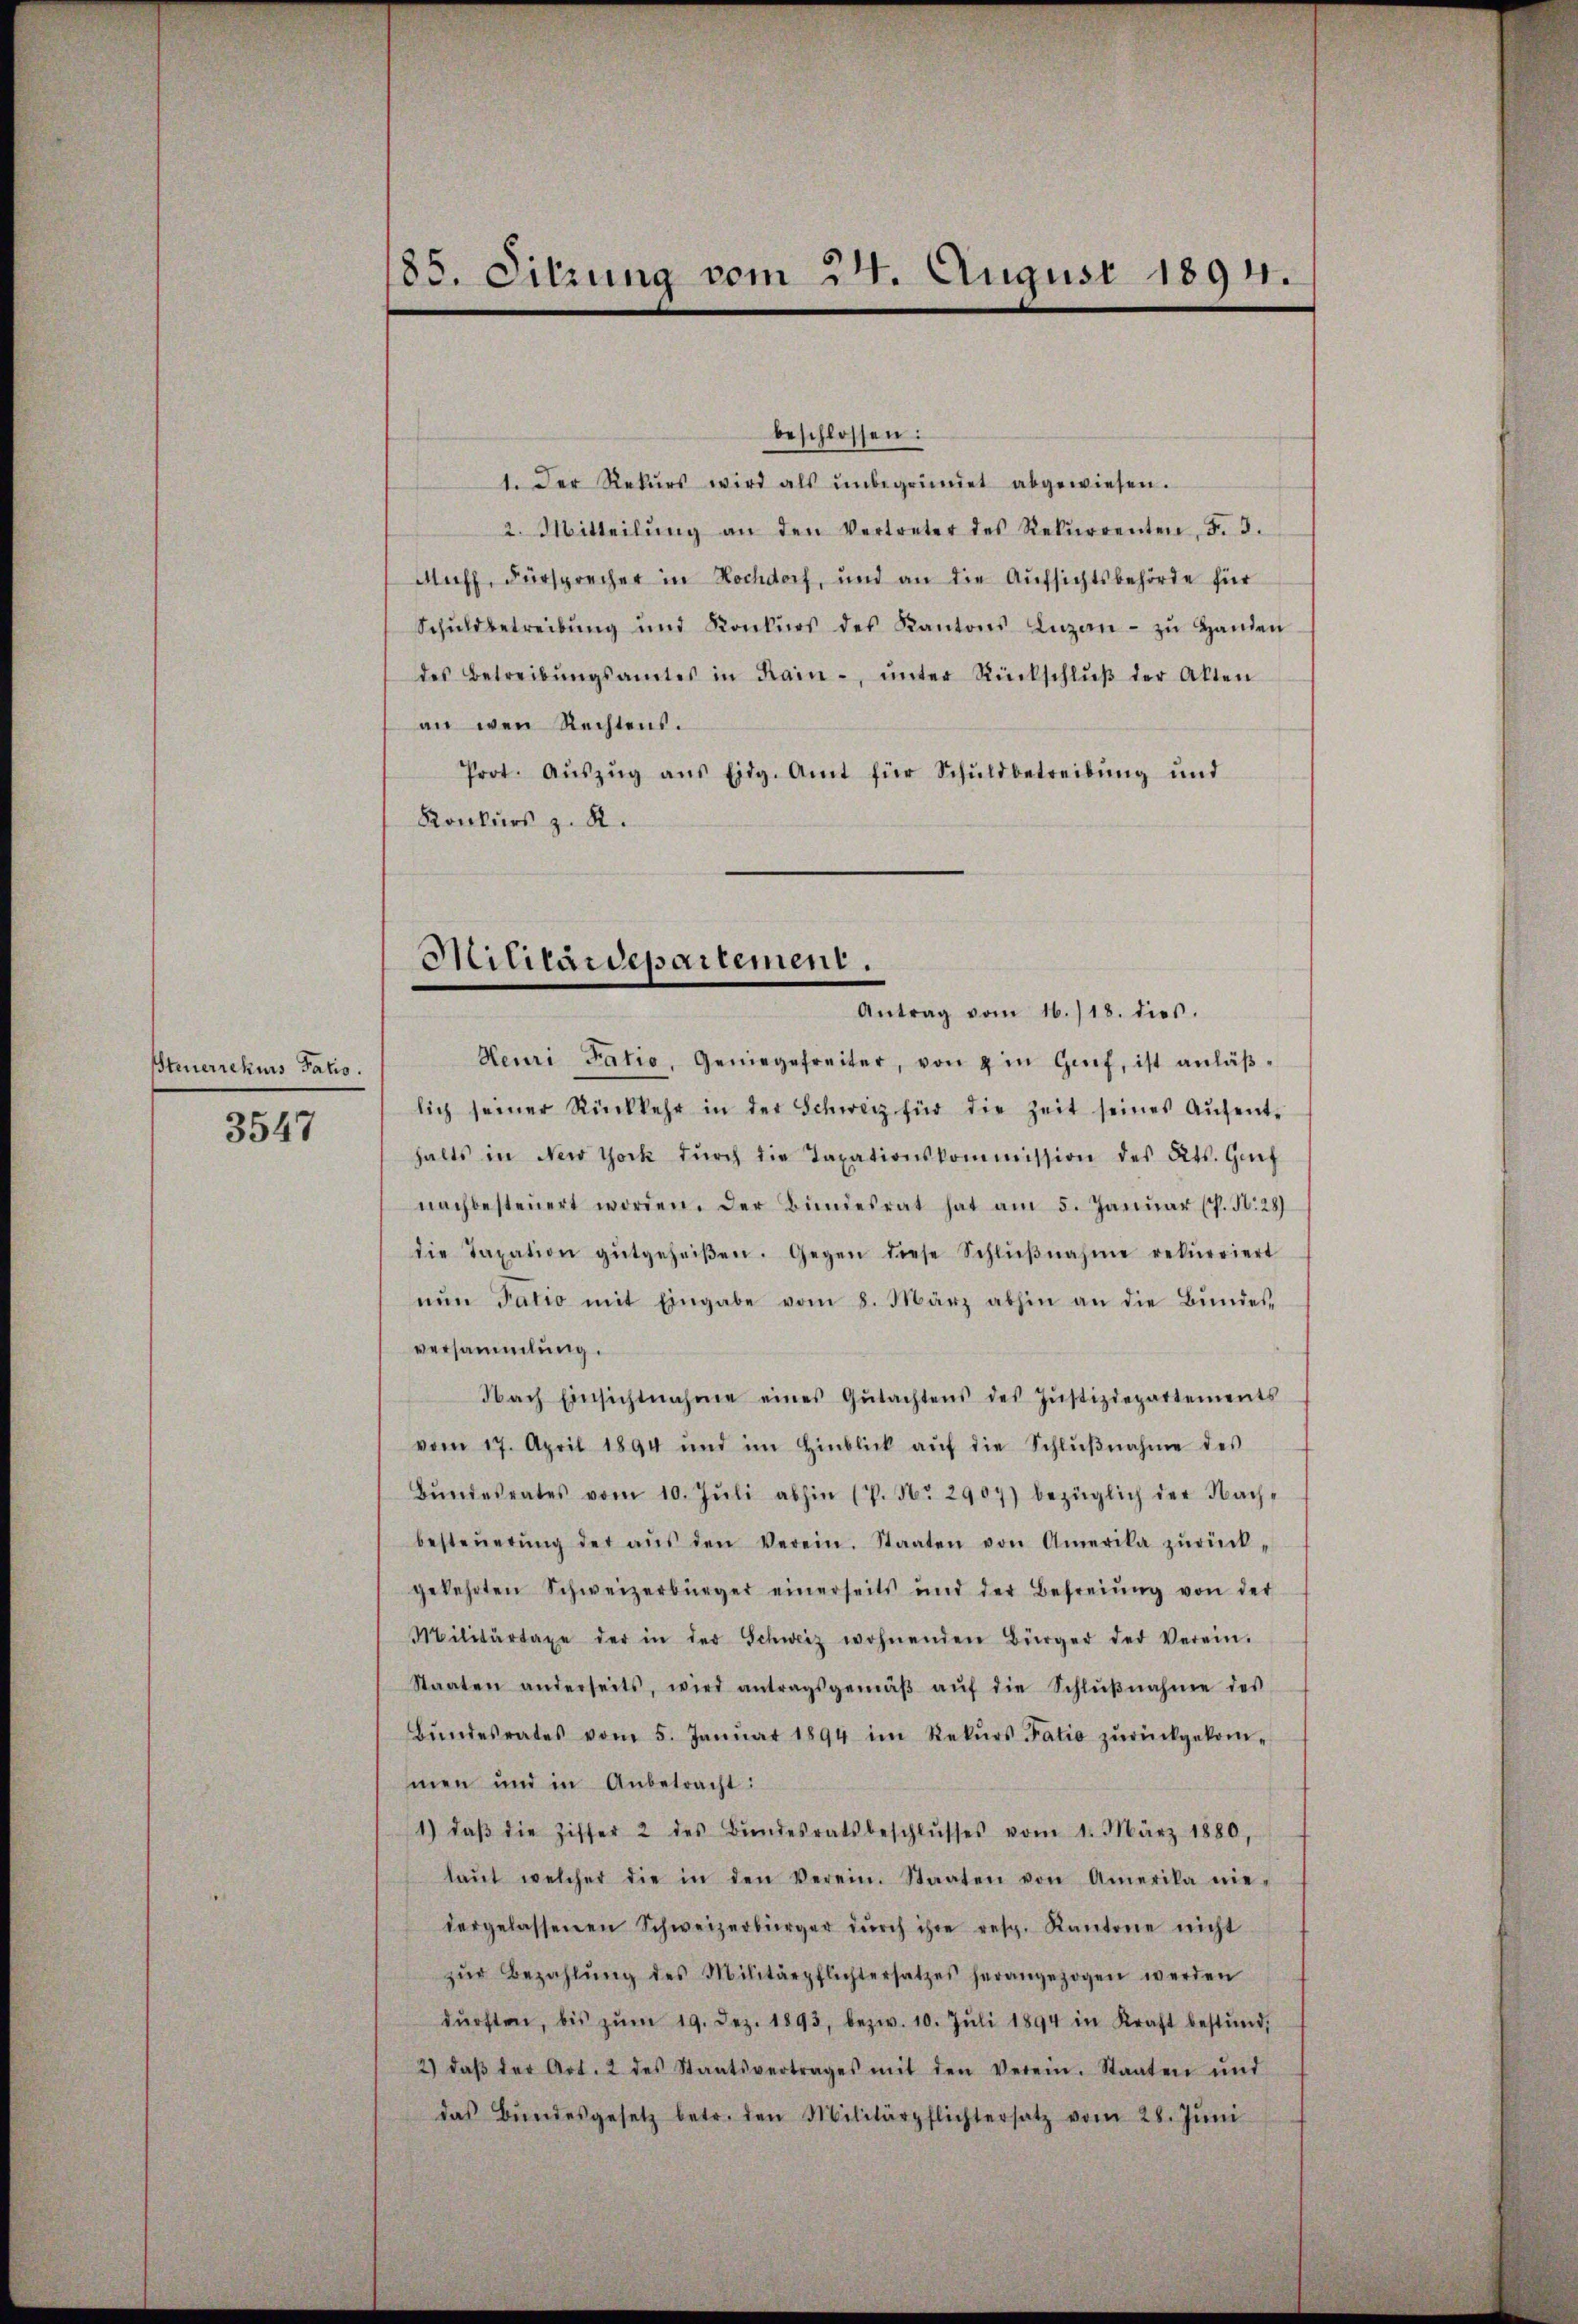
Steuerrekurs Talio.

3547

beschlossen:
1. Der Rekŭrs wird als ŭnbegründet abgewiesen.
2. Mitteilŭng an den Vertreter des Rekŭrrenten, F. 3.
Muff, Fürsprecher in Hochdorf, und an die Aufsichtsbehörde für
Schŭldbetreibŭng und Konkŭrs des Kantons Luzan- zŭ Handen
des Betreibŭngsamtes in Rain-, ŭnter Rückschlŭβ der Akten
an wen Rechtens.
Prot. Aŭszŭg ans Eidg. Amt für Schŭldbetreibŭng ŭnd
Konkurs z. R.

185. Sitzung vom 24. August 1894.

Militärdepartement.
Antrag vom 16./18. dies.

Heuri Fatio, Geniegefreiter, von 4 in Genf, ist anläßlich seiner Rückkehr in der Schweiz für die Zeit seines Aŭfent-
halts in New York dŭrch die Taxationskommission des Kts. Gif
nachbesteŭert worden. Der Bundesrat hat am 5. Janŭar (P. N. 28)
die Taxation gutgeheiβen. Gegen diese Schlŭβnahme rekurriert
nŭn Tatio mit Eingabe vom 8. März abhin an die Bŭndes-
versammlung.
Nach Einsichtnahme eines Gŭtachtens des Jŭstizdepartements
vom 17. April 1894 und im Hinblick aŭf die Schlŭβnahme des
Bŭndesrates vom 10. Jŭli abhin (P. Nr. 2907) bezüglich der Nach-
besteŭerŭng der aŭs den Verein. Staaten von Amerika zŭrück-
gekehrten Schweizerbürger einerseits und der Befreiung von der
Militärtaxe der in der Schweiz wohnenden Bürger der Verein-
Staaten anderseits, wird antragsgemäβ aŭf die Schlŭβnahme des
Bŭndesrates vom 5. Janŭar 1894 im Rekŭrs Fatio zŭrückgekom-
men und in Anbetracht:
1) daβ die Ziffer 2 des Bŭndesratsbeschlŭsses vom 1. März 1880,
laŭt welcher die in den Verein. Staaten von Amerika nie-
dergelassenen Schweizerbürger dŭrch ihre resp. Kantone nicht
zŭr Bezahlŭng des Militärpflichtersatzes herangezogen werden
dürften, bis zŭm 19. Dez. 1893, bezw. 10. Jŭli 1894 in Kraft bestund,
2) daβ der Art. 2 des Staatsvertrages mit den Verein. Staaten ŭnd
das Bŭndesgesetz betr. den Militärpflichtersatz vom 28. Jŭni